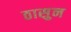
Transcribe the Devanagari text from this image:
ठासुन